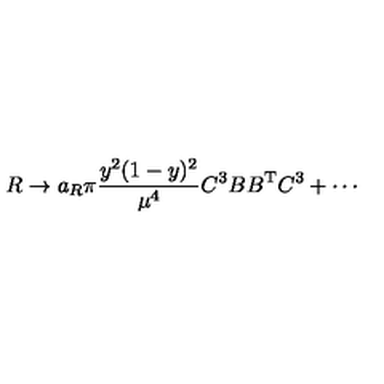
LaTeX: R \to a _ { R } \pi \frac { y ^ { 2 } ( 1 - y ) ^ { 2 } } { \mu ^ { 4 } } { C ^ { 3 } } B B ^ { \mathrm { T } } { C ^ { 3 } } + \cdots